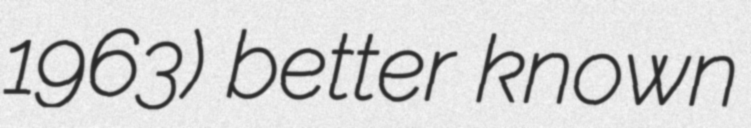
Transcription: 1963) better known